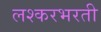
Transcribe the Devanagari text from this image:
लश्करभरती